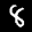
Label: 8